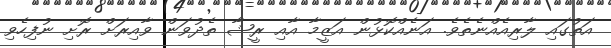
އަތުގައި ލާރިއެއްނެތެވެ. އަނެއްކޮޅުން އަޒީމާ އާއި ރީޝާ ތެދުވަން ވާއިރަށް ރޮށި ނުފިހެވި